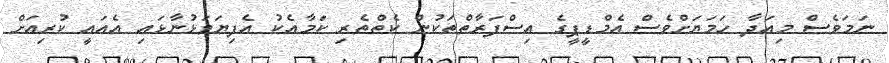
ނަމަވެސް މިއަދާ ހަމަޔަށްވެސް އެމްޑީޕީގެ އިސްފަރާތްތަކުން ކެތްތެރި ކަމާއެކު އެފިޔަވަޅުނާޅައި އެއައީ ކުރިއަށް